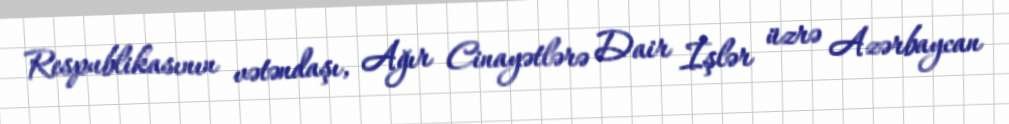
Respublikasının vətəndaşı, Ağır Cinayətlərə Dair İşlər üzrə Azərbaycan